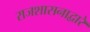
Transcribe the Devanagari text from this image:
राजशासनाद्वारे